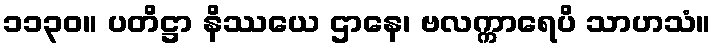
၁၁၃၀။ ပတိဋ္ဌာ နိဿယေ ဌာနေ၊ ဗလက္ကာရေပိ သာဟသံ။